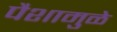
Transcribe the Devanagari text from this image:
पैशामुळे